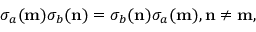
\sigma _ { a } ( { \bf m } ) \sigma _ { b } ( { \bf n } ) = \sigma _ { b } ( { \bf n } ) \sigma _ { a } ( { \bf m } ) , { \bf n } \neq { \bf m } ,